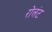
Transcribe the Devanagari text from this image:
रोलंट